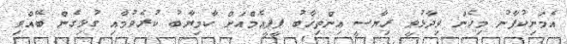
އެމަނިކުފާނު މިހެން ވިދާޅުވީ ރިޔާސީ އިންތިޚާބު ޕީޕީއެމްއަށް ކާމިޔާބު ކުރެވުމާއި ގުޅިގެން ބޭއްވި